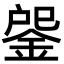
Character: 𨧒